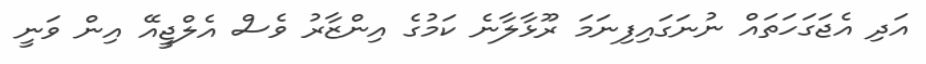
އަދި އެޖަގަހަތައް ނުނަގައިފިނަމަ ރޫޅާލާނެ ކަމުގެ އިންޒާރު ވެސް އެލްޖީއޭ އިން ވަނީ